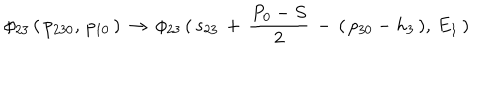
LaTeX: \phi _ { 2 3 } \, ( \, p _ { 2 3 0 } , \, p _ { 1 0 } \, ) \, \to \, \phi _ { 2 3 } \, ( \, s _ { 2 3 } \, + \, { \frac { P _ { 0 } - S } { 2 } } \, - \, ( \, p _ { 3 0 } - h _ { 3 } \, ) , \, E _ { 1 } \, )